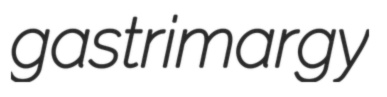
gastrimargy